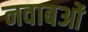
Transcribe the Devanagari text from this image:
नवाबओं